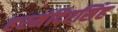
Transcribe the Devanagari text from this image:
हरमंदिरसिंह